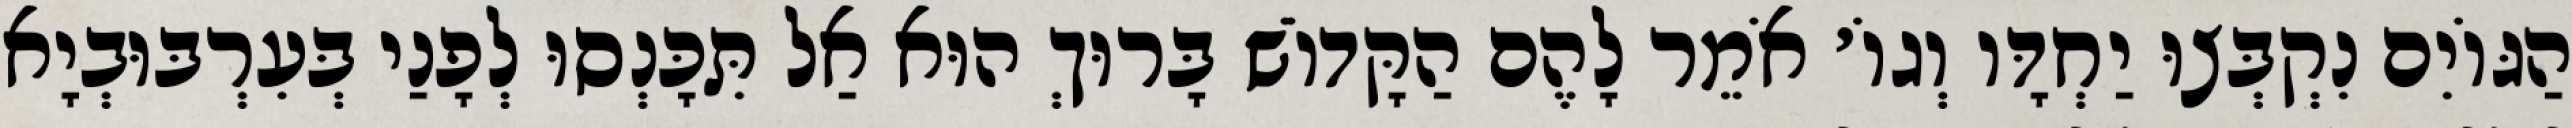
הַגּוֹיִם נִקְבְּצוּ יַחְדָּו וְגוֹ׳ אֹמֵר לָהֶם הַקָּדוֹשׁ בָּרוּךְ הוּא אַל תִּכָּנְסוּ לְפָנַי בְּעִרְבּוּבְיָא